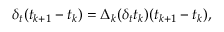
\delta _ { t } ( t _ { k + 1 } - t _ { k } ) = \Delta _ { k } ( \delta _ { t } t _ { k } ) ( t _ { k + 1 } - t _ { k } ) ,